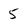
Character: 5